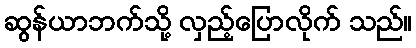
ဆွန်ယာဘက်သို့ လှည့်ပြောလိုက် သည်။